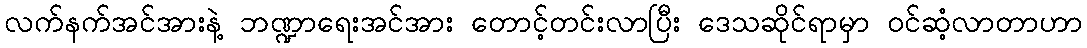
လက်နက်အင်အားနဲ့ ဘဏ္ဍာရေးအင်အား တောင့်တင်းလာပြီး ဒေသဆိုင်ရာမှာ ဝင်ဆံ့လာတာဟာ